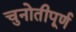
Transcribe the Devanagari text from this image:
चुनोतीपूर्ण